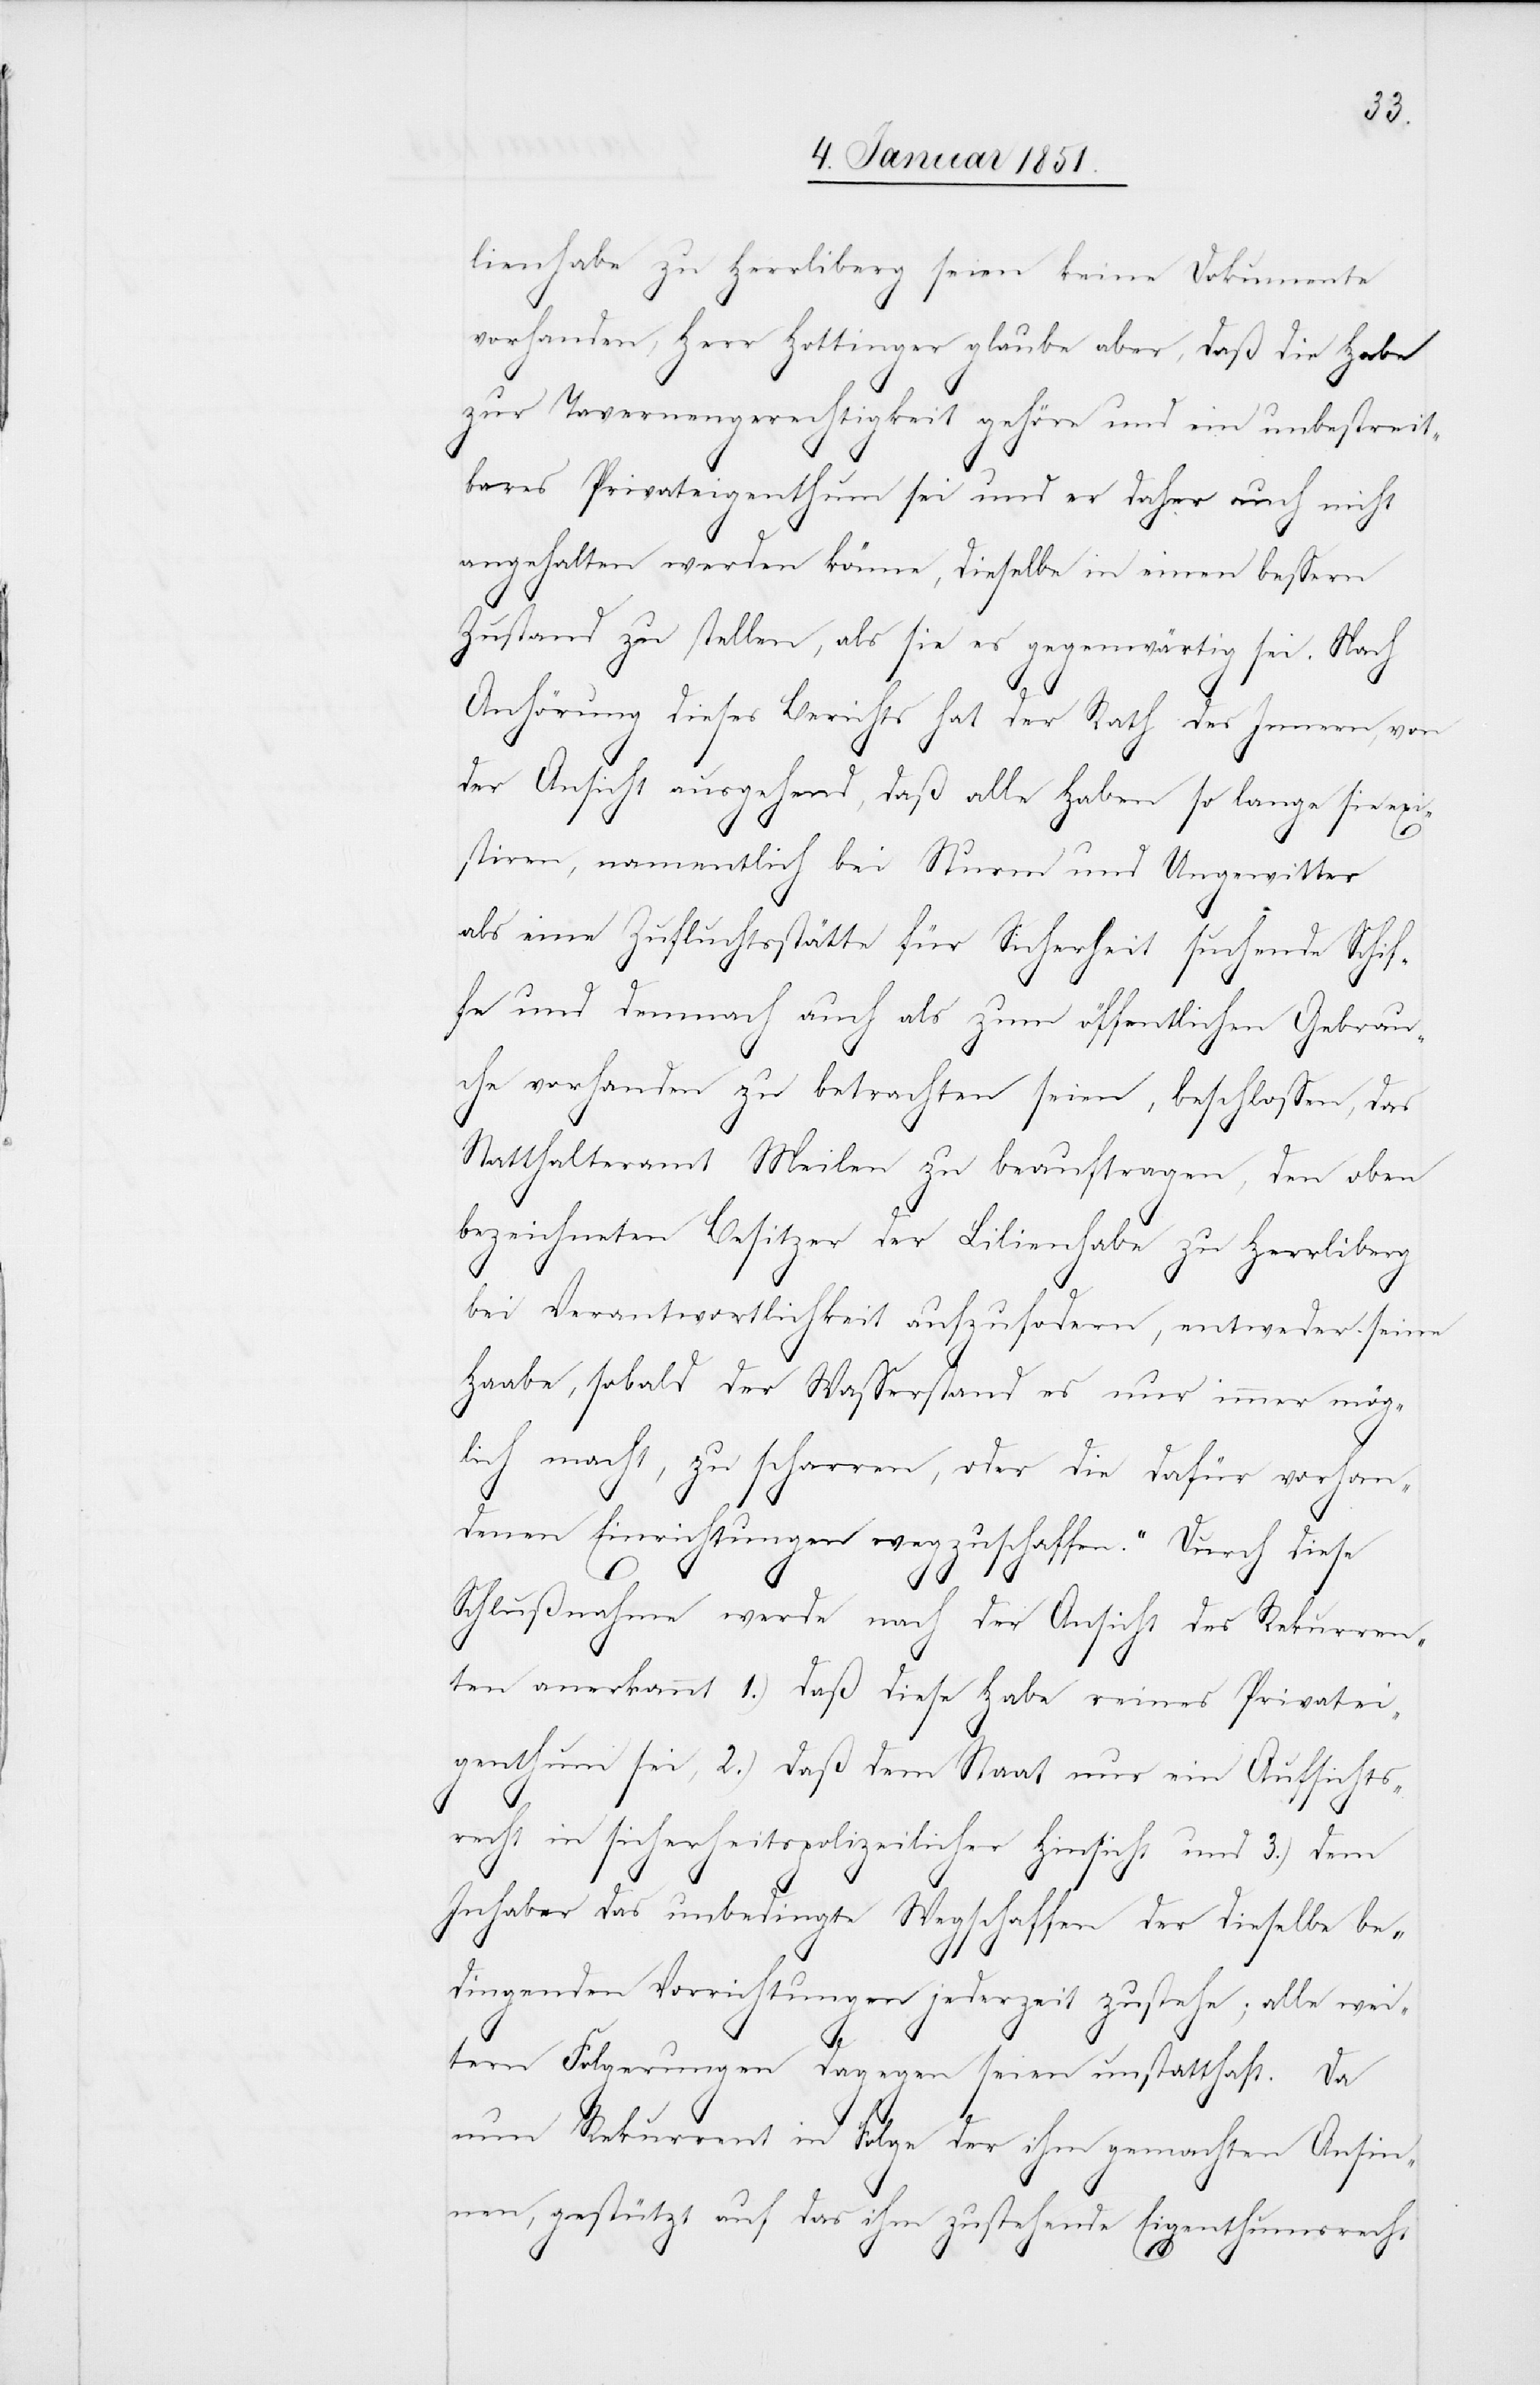
lienhabe zu Herrliberg seien keine Dokumente
vorhanden, Herr Hottinger glaube aber, daß die Habe
zur Tavernengerechtigkeit gehöre und ein unbestreit¬
bares Privateigenthum sei und er daher auch nicht
angehalten werden könne, dieselbe in einen bessern
Zustand zu stellen, als sie es gegenwärtig sei. Nach
Anhörung dieses Berichts hat der Rath des Innern, von
der Ansicht ausgehend, daß alle Haben so lange sie exi¬
stiren, namentlich bei Sturm und Ungewitter
als eine Zufluchtsstätte für Sicherheit suchende Schif¬
fe und demnach auch als zum öffentlichen Gebrau¬
che vorhanden zu betrachten seien, beschlossen, das
Statthalteramt Meilen zu beauftragen, den oben
bezeichneten Besitzer der Lilienhabe zu Herrliberg
bei Verantwortlichkeit aufzufo[r]dern, entweder seine
Haabe, sobald der Wasserstand es nur immer mög¬
lich macht, zu scharren, oder die dafür vorhan¬
denen Einrichtungen wegzuschaffen.“ Durch diese
Schlußnahme werde nach der Ansicht des Rekurren¬
ten anerkannt 1.) daß diese Habe reines Privatei¬
genthum sei, 2.) daß dem Staat nur ein Aufsichts¬
recht in sicherheitspolizeilicher Hinsicht und 3.) dem
Inhaber das unbedingte Wegschaffen der dieselbe be¬
dingenden Vorrichtungen jederzeit zustehe; alle wei¬
tern Folgerungen dagegen seien unstatthaft. Da
nun Rekurrent in Folge der ihm gemachten Ansin¬
nen, gestützt auf das ihm zustehende Eigenthumsrecht